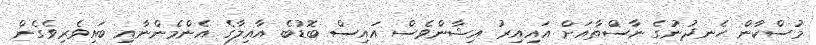
މުސްކާން ހެނދުނުގެ ނާސްތާއަށް އައިއިރު އިޝާންވެސް އައިސް ބޮޑުބެ އާއިލާގެ އެންމެންނާއި ބައިވެރިވެގެން